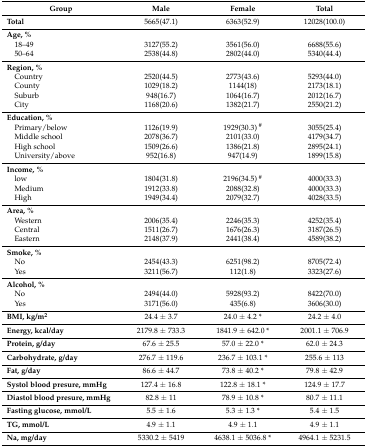
<table><thead><tr><td><b>Group</b></td><td><b>Male</b></td><td><b>Female</b></td><td><b>Total</b></td></tr></thead><tbody><tr><td><b>Total</b></td><td>5665(47.1)</td><td>6363(52.9)</td><td>12028(100.0)</td></tr><tr><td><b>Age, %</b></td><td></td><td></td><td></td></tr><tr><td> 18–49</td><td>3127(55.2)</td><td>3561(56.0)</td><td>6688(55.6)</td></tr><tr><td> 50–64</td><td>2538(44.8)</td><td>2802(44.0)</td><td>5340(44.4)</td></tr><tr><td><b>Region, %</b></td><td></td><td></td><td></td></tr><tr><td> Country</td><td>2520(44.5)</td><td>2773(43.6)</td><td>5293(44.0)</td></tr><tr><td> County</td><td>1029(18.2)</td><td>1144(18)</td><td>2173(18.1)</td></tr><tr><td> Suburb</td><td>948(16.7)</td><td>1064(16.7)</td><td>2012(16.7)</td></tr><tr><td> City</td><td>1168(20.6)</td><td>1382(21.7)</td><td>2550(21.2)</td></tr><tr><td><b>Education, %</b></td><td></td><td></td><td></td></tr><tr><td> Primary/below</td><td>1126(19.9)</td><td>1929(30.3) <sup>#</sup></td><td>3055(25.4)</td></tr><tr><td> Middle school</td><td>2078(36.7)</td><td>2101(33.0)</td><td>4179(34.7)</td></tr><tr><td> High school</td><td>1509(26.6)</td><td>1386(21.8)</td><td>2895(24.1)</td></tr><tr><td> University/above</td><td>952(16.8)</td><td>947(14.9)</td><td>1899(15.8)</td></tr><tr><td><b>Income, %</b></td><td></td><td></td><td></td></tr><tr><td> low</td><td>1804(31.8)</td><td>2196(34.5) <sup>#</sup></td><td>4000(33.3)</td></tr><tr><td> Medium</td><td>1912(33.8)</td><td>2088(32.8)</td><td>4000(33.3)</td></tr><tr><td> High</td><td>1949(34.4)</td><td>2079(32.7)</td><td>4028(33.5)</td></tr><tr><td><b>Area, %</b></td><td></td><td></td><td></td></tr><tr><td> Western</td><td>2006(35.4)</td><td>2246(35.3)</td><td>4252(35.4)</td></tr><tr><td> Central</td><td>1511(26.7)</td><td>1676(26.3)</td><td>3187(26.5)</td></tr><tr><td> Eastern</td><td>2148(37.9)</td><td>2441(38.4)</td><td>4589(38.2)</td></tr><tr><td><b>Smoke, %</b></td><td></td><td></td><td></td></tr><tr><td> No</td><td>2454(43.3)</td><td>6251(98.2)</td><td>8705(72.4)</td></tr><tr><td> Yes</td><td>3211(56.7)</td><td>112(1.8)</td><td>3323(27.6)</td></tr><tr><td><b>Alcohol, %</b></td><td></td><td></td><td></td></tr><tr><td> No</td><td>2494(44.0)</td><td>5928(93.2)</td><td>8422(70.0)</td></tr><tr><td> Yes</td><td>3171(56.0)</td><td>435(6.8)</td><td>3606(30.0)</td></tr><tr><td><b>BMI, kg/m<sup>2</sup></b></td><td>24.4 ± 3.7</td><td>24.0 ± 4.2 *</td><td>24.2 ± 4.0</td></tr><tr><td><b>Energy, kcal/day</b></td><td>2179.8 ± 733.3</td><td>1841.9 ± 642.0 *</td><td>2001.1 ± 706.9</td></tr><tr><td><b>Protein, g/day</b></td><td>67.6 ± 25.5</td><td>57.0 ± 22.0 *</td><td>62.0 ± 24.3</td></tr><tr><td><b>Carbohydrate, g/day</b></td><td>276.7 ± 119.6</td><td>236.7 ± 103.1 *</td><td>255.6 ± 113</td></tr><tr><td><b>Fat, g/day</b></td><td>86.6 ± 44.7</td><td>73.8 ± 40.2 *</td><td>79.8 ± 42.9</td></tr><tr><td><b>Systol blood presure, mmHg</b></td><td>127.4 ± 16.8</td><td>122.8 ± 18.1 *</td><td>124.9 ± 17.7</td></tr><tr><td><b>Diastol blood presure, mmHg</b></td><td>82.8 ± 11</td><td>78.9 ± 10.8 *</td><td>80.7 ± 11.1</td></tr><tr><td><b>Fasting glucose, mmol/L</b></td><td>5.5 ± 1.6</td><td>5.3 ± 1.3 *</td><td>5.4 ± 1.5</td></tr><tr><td><b>TG, mmol/L</b></td><td>4.9 ± 1.1</td><td>4.9 ± 1.1</td><td>4.9 ± 1.1</td></tr><tr><td><b>Na, mg/day</b></td><td>5330.2 ± 5419</td><td>4638.1 ± 5036.8 *</td><td>4964.1 ± 5231.5</td></tr></tbody></table>